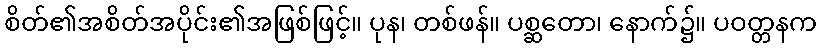
စိတ်၏အစိတ်အပိုင်း၏အဖြစ်ဖြင့်။ ပုန၊ တစ်ဖန်။ ပစ္ဆတော၊ နောက်၌။ ပဝတ္တနက